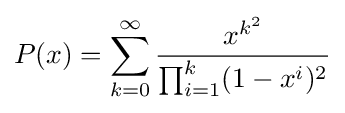
P(x)=\sum _{k=0}^{\infty }{\frac {x^{k^{2}}}{\prod _{i=1}^{k}(1-x^{i})^{2}}}